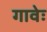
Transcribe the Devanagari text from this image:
गावेः